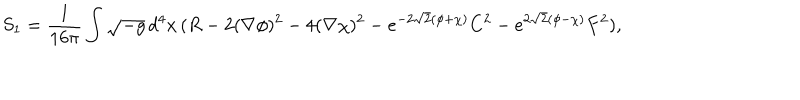
LaTeX: S _ { 1 } = \frac { 1 } { 1 6 \pi } \int \sqrt { - g } \, d ^ { 4 } x \, ( R - 2 ( \nabla \phi ) ^ { 2 } - 4 ( \nabla \chi ) ^ { 2 } - e ^ { - 2 \sqrt { 2 } ( \phi + \chi ) } C ^ { 2 } - e ^ { 2 \sqrt { 2 } ( \phi - \chi ) } F ^ { 2 } ) ,